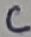
Text: C